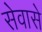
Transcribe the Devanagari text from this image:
सेवासे